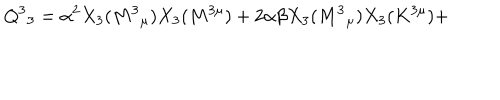
Q ^ { 3 } { } _ { 3 } = \alpha ^ { 2 } X _ { 3 } ( M ^ { 3 } { } _ { \mu } ) X _ { 3 } ( M ^ { 3 \mu } ) + 2 \alpha \beta X _ { 3 } ( M ^ { 3 } { } _ { \mu } ) X _ { 3 } ( K ^ { 3 \mu } ) +